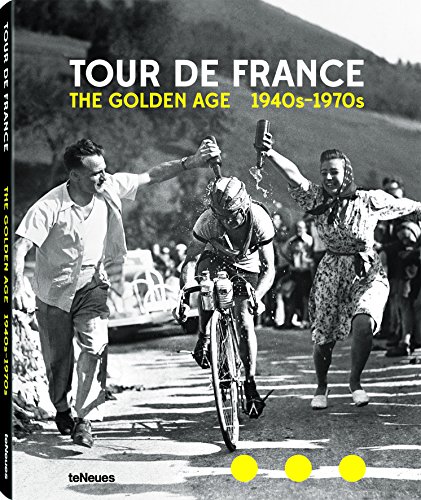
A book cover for Tour de France: The Golden Age 1940's -1970's; Jean-luc Gatellier; Arts & Photography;